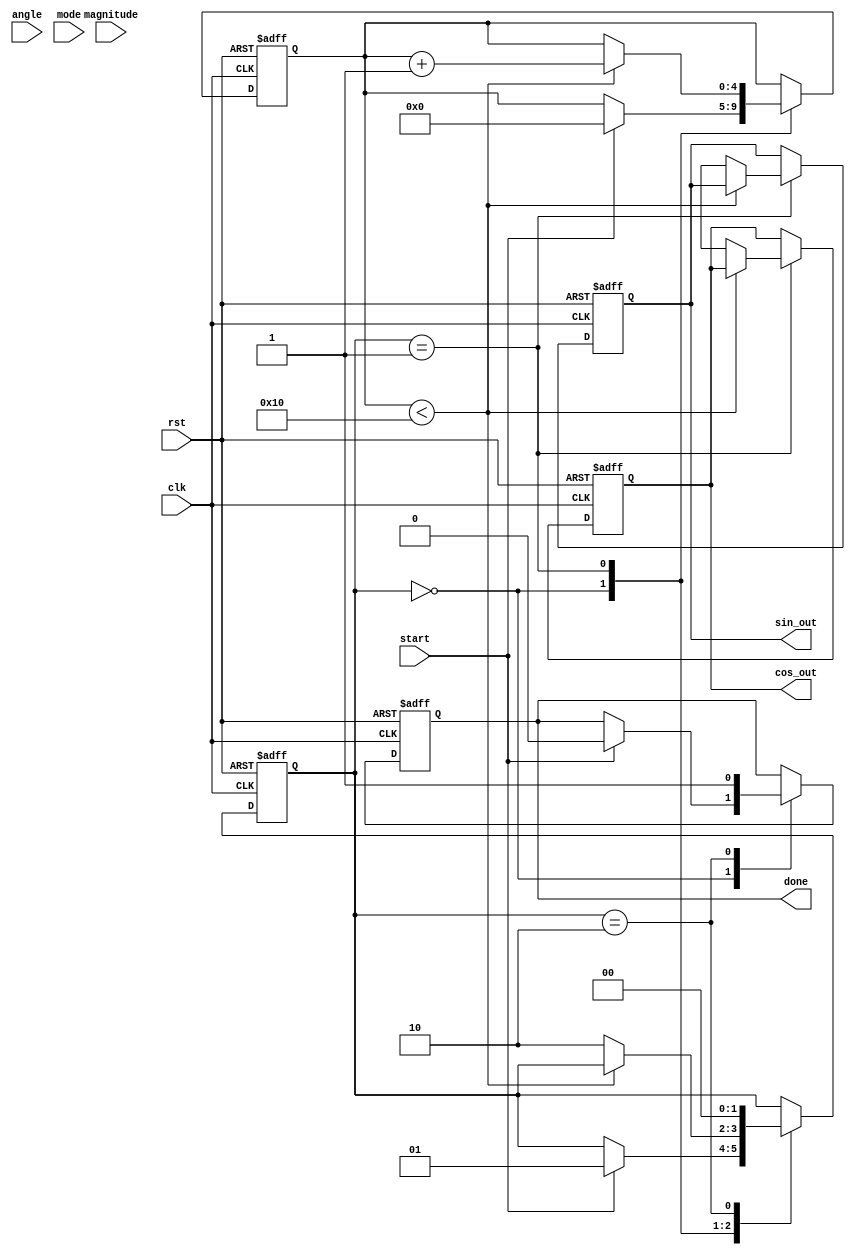
module adaptive_cordic #(
    parameter DATA_WIDTH = 32, // Width of input/output data
    parameter ITERATIONS = 16   // Number of CORDIC iterations
)(
    input wire clk,
    input wire rst,
    input wire [DATA_WIDTH-1:0] angle, // Input angle in fixed-point format
    input wire [DATA_WIDTH-1:0] magnitude, // Input magnitude
    input wire start, // Start signal
    input wire mode, // 0 for rotation, 1 for vectoring
    output reg [DATA_WIDTH-1:0] sin_out, // Sine output
    output reg [DATA_WIDTH-1:0] cos_out, // Cosine output
    output reg done // Done signal
);

    // Internal registers
    reg [DATA_WIDTH-1:0] x[0:ITERATIONS-1]; // X values
    reg [DATA_WIDTH-1:0] y[0:ITERATIONS-1]; // Y values
    reg [DATA_WIDTH-1:0] z[0:ITERATIONS-1]; // Angle values
    reg [DATA_WIDTH-1:0] scaling_factor; // Scaling factor
    reg [4:0] iteration; // Iteration counter
    reg [1:0] state; // State machine

    // State machine states
    localparam IDLE = 2'b00;
    localparam PROCESS = 2'b01;
    localparam DONE_STATE = 2'b10;

    // CORDIC rotation angles (arctan(2^-i))
    reg [DATA_WIDTH-1:0] atan_table [0:ITERATIONS-1];

    initial begin
        // Initialize arctangent values (in fixed-point format)
        atan_table[0] = 32'h00000000; // atan(1) = 0
        atan_table[1] = 32'h3F19999A; // atan(0.5) = 26.565 degrees
        atan_table[2] = 32'h3E4CCCCD; // atan(0.25) = 14.036 degrees
        // ... Fill in other values as needed
    end

    // Scaling factor for CORDIC
    always @(*) begin
        scaling_factor = 32'h00000000; // Set appropriate scaling factor
        // Calculate scaling factor based on iterations
    end

    // CORDIC processing
    always @(posedge clk or posedge rst) begin
        if (rst) begin
            iteration <= 0;
            state <= IDLE;
            done <= 0;
            sin_out <= 0;
            cos_out <= 0;
        end else begin
            case (state)
                IDLE: begin
                    if (start) begin
                        // Initialize values
                        x[0] <= magnitude; // Initial x = magnitude
                        y[0] <= 0; // Initial y = 0
                        z[0] <= angle; // Initial angle
                        iteration <= 0;
                        state <= PROCESS;
                        done <= 0;
                    end
                end
                PROCESS: begin
                    if (iteration < ITERATIONS) begin
                        // CORDIC rotation logic
                        if (mode == 0) begin // Rotation mode
                            if (z[iteration] < 0) begin
                                x[iteration + 1] <= x[iteration] + (y[iteration] >>> iteration);
                                y[iteration + 1] <= y[iteration] - (x[iteration] >>> iteration);
                                z[iteration + 1] <= z[iteration] + atan_table[iteration];
                            end else begin
                                x[iteration + 1] <= x[iteration] - (y[iteration] >>> iteration);
                                y[iteration + 1] <= y[iteration] + (x[iteration] >>> iteration);
                                z[iteration + 1] <= z[iteration] - atan_table[iteration];
                            end
                        end else begin // Vectoring mode
                            // Implement vectoring logic
                        end
                        iteration <= iteration + 1;
                    end else begin
                        // Final output assignment
                        sin_out <= y[ITERATIONS];
                        cos_out <= x[ITERATIONS];
                        state <= DONE_STATE;
                    end
                end
                DONE_STATE: begin
                    done <= 1;
                    state <= IDLE; // Go back to IDLE state
                end
            endcase
        end
    end

endmodule